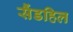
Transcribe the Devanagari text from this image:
सैंडहिल